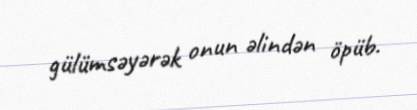
gülümsəyərək onun əlindən öpüb.